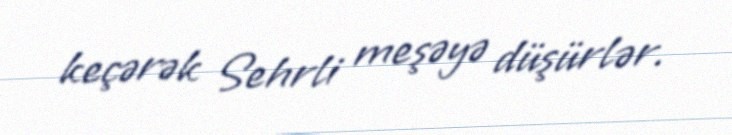
keçərək Sehrli meşəyə düşürlər.